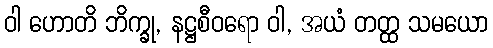
ဝါ ဟောတိ ဘိက္ခု, နဋ္ဌစီဝရော ဝါ, အယံ တတ္ထ သမယော